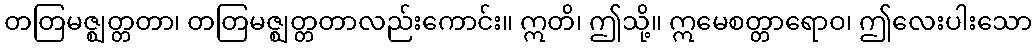
တတြမဇ္ဈတ္တတာ၊ တတြမဇ္ဈတ္တတာလည်းကောင်း။ ဣတိ၊ ဤသို့။ ဣမေစတ္တာရောဝ၊ ဤလေးပါးသော